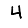
Digit: 4